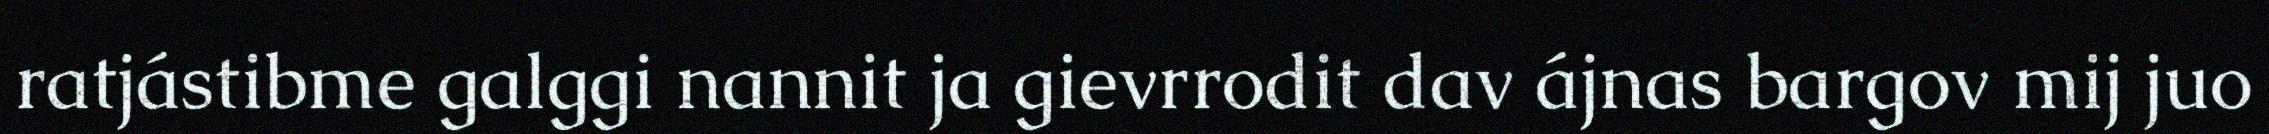
ratjástibme galggi nannit ja gievrrodit dav ájnas bargov mij juo